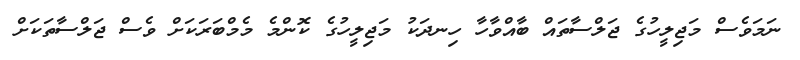
ނަމަވެސް މަޖިލީހުގެ ޖަލްސާތައް ބާއްވާހާ ހިނދަކު މަޖިލީހުގެ ކޮންމެ މެމްބަރަކަށް ވެސް ޖަލްސާތަކަށް